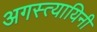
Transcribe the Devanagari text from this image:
अगस्त्यायिनी